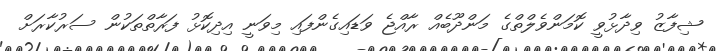
ޝިފާޒު ވިދާޅުވީ ކޮމަންވެލްތްގެ މަންދޫބެއް ރާއްޖެ ވަޑައިގެންފައި މިވަނީ އިދިކޮޅު ފަރާތްތަކުން ސަރުކާރަށް